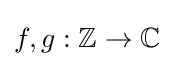
f,g:\mathbb {Z} \rightarrow \mathbb {C}